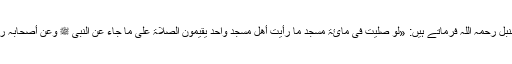
امام احمد بن حنبل رحمہ اللہ فرماتے ہیں: «لو صلیت فی مائۃ مسجد ما رأیت أھل مسجد واحد یقیمون الصلاۃ علی ما جاء عن النبی ﷺ وعن أصحابہ رحمۃ اللہ علیھم۔